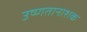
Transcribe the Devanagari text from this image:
उष्णतानाशक